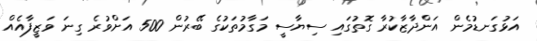
އަޅުގަނޑުމެން އަންދާޒާކުރާ ގޮތުގައި ސިޔާސީ މަގާމުތަކުގެ ބޭރުން 500 އަށްވުރެ ގިނަ ވަޒީފާއެއް